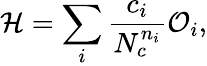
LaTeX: {\mathcal H}=\sum_{i}\frac{c_{i}}{N_{c}^{n_{i}}}{\mathcal O}_{i},